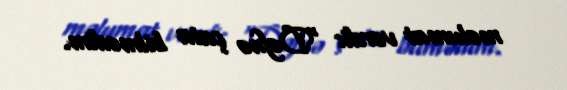
məlumat verdi: “Dəfnə çata bilmədim.